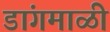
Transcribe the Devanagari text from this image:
डांगमाळी